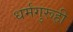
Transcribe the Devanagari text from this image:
धर्मगुरूही